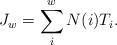
LaTeX: \begin{align*}J_w=\sum_{i}^wN(i) T_i .\end{align*}